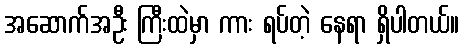
အဆောက်အဦး ကြီးထဲမှာ ကား ရပ်တဲ့ နေရာ ရှိပါတယ်။